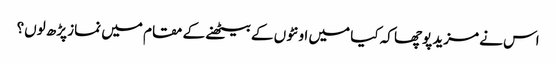
اس نے مزید پوچھا کہ کیا میں اونٹوں کے بیٹھنے کے مقام میں نماز پڑھ لوں؟